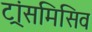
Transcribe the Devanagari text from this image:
ट्रांसमिसिव